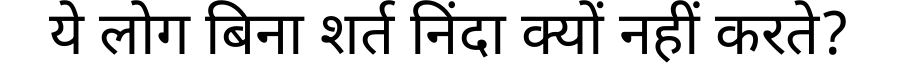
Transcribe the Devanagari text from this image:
ये लोग बिना शर्त निंदा क्यों नहीं करते?